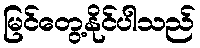
မြင်တွေ့နိုင်ပါသည်